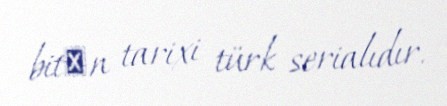
bitәn tarixi türk serialıdır.